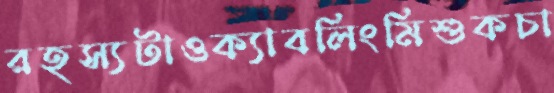
রহস্যটাওক্যাবলিংমিশুকচা